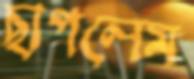
ছাপলেম